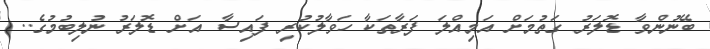
ބޭނުންވާ ޑޮލަރު ގަތުމަށް އަމިއްލަ ފަރާތަކާ ހަވާލުކުރި ފައިސާ އަށް ޑޮލަރު ނުލިބުމުގެ..